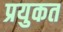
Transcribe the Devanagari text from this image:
प्रयुकत